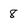
Character: 8